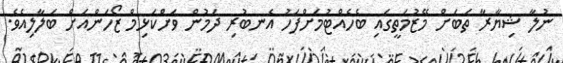
ނުލާ ޝިޔާރާ ތަބަށް މޭޒުމަތީގައި ބެހެއްޓުމަށްފަހު އެނބުރި ދަމުން ވަށްކަޅިމް ޒޯހަންއަށް ބަލާލިއެވެ.